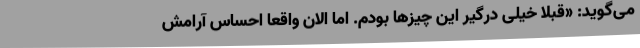
می‌گوید: «قبلاً خیلی درگیر این چیزها بودم. اما الان واقعاً احساس آرامش